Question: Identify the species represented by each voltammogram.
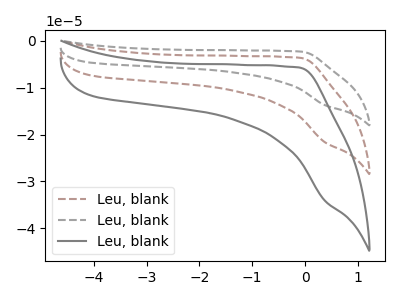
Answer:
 <answer>The brown dashed curve is labeled "Leu, blank1". The gray dashed curve is labeled "Leu, blank2". The gray curve is labeled "Leu, blank3".</answer>
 <eval></eval>